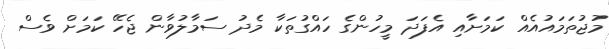
މުޖުތަމައުއެއް ކަމަށާއި އެފަދަ މީހުންގެ ހައްގުތަކާ މެދު ސަމާލުވާން ޖެހޭ ކަމަށް ވެސް